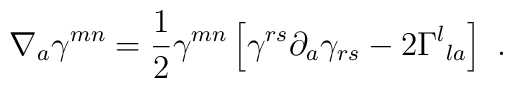
\nabla_a\gamma^{mn}={1\over 2}\gamma^{mn}\left[\gamma^{rs}\partial_a\gamma_{rs}-2\Gamma^l{}_{la}\right]\ .